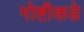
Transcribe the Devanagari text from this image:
गोष्टीकडे